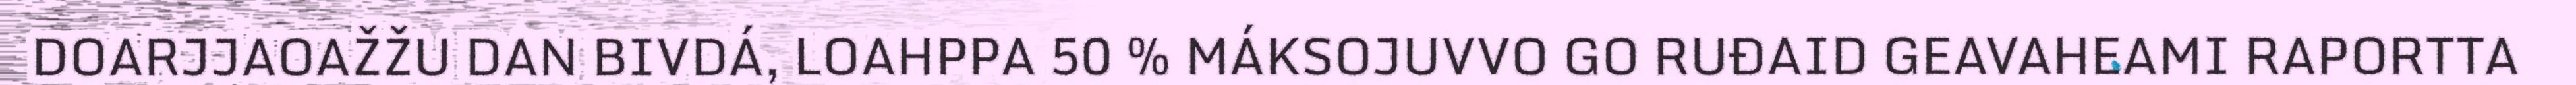
DOARJJAOAŽŽU DAN BIVDÁ, LOAHPPA 50 % MÁKSOJUVVO GO RUĐAID GEAVAHEAMI RAPORTTA